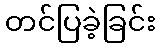
တင်ပြခဲ့ခြင်း